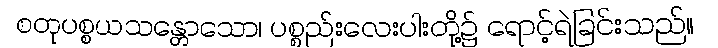
စတုပစ္စယသန္တောသော၊ ပစ္စည်းလေးပါးတို့၌ ရောင့်ရဲခြင်းသည်။